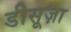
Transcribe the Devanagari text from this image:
डीसूज़ा